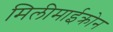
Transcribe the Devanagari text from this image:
मिलीमाईक्रोन